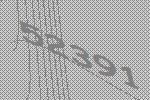
52391